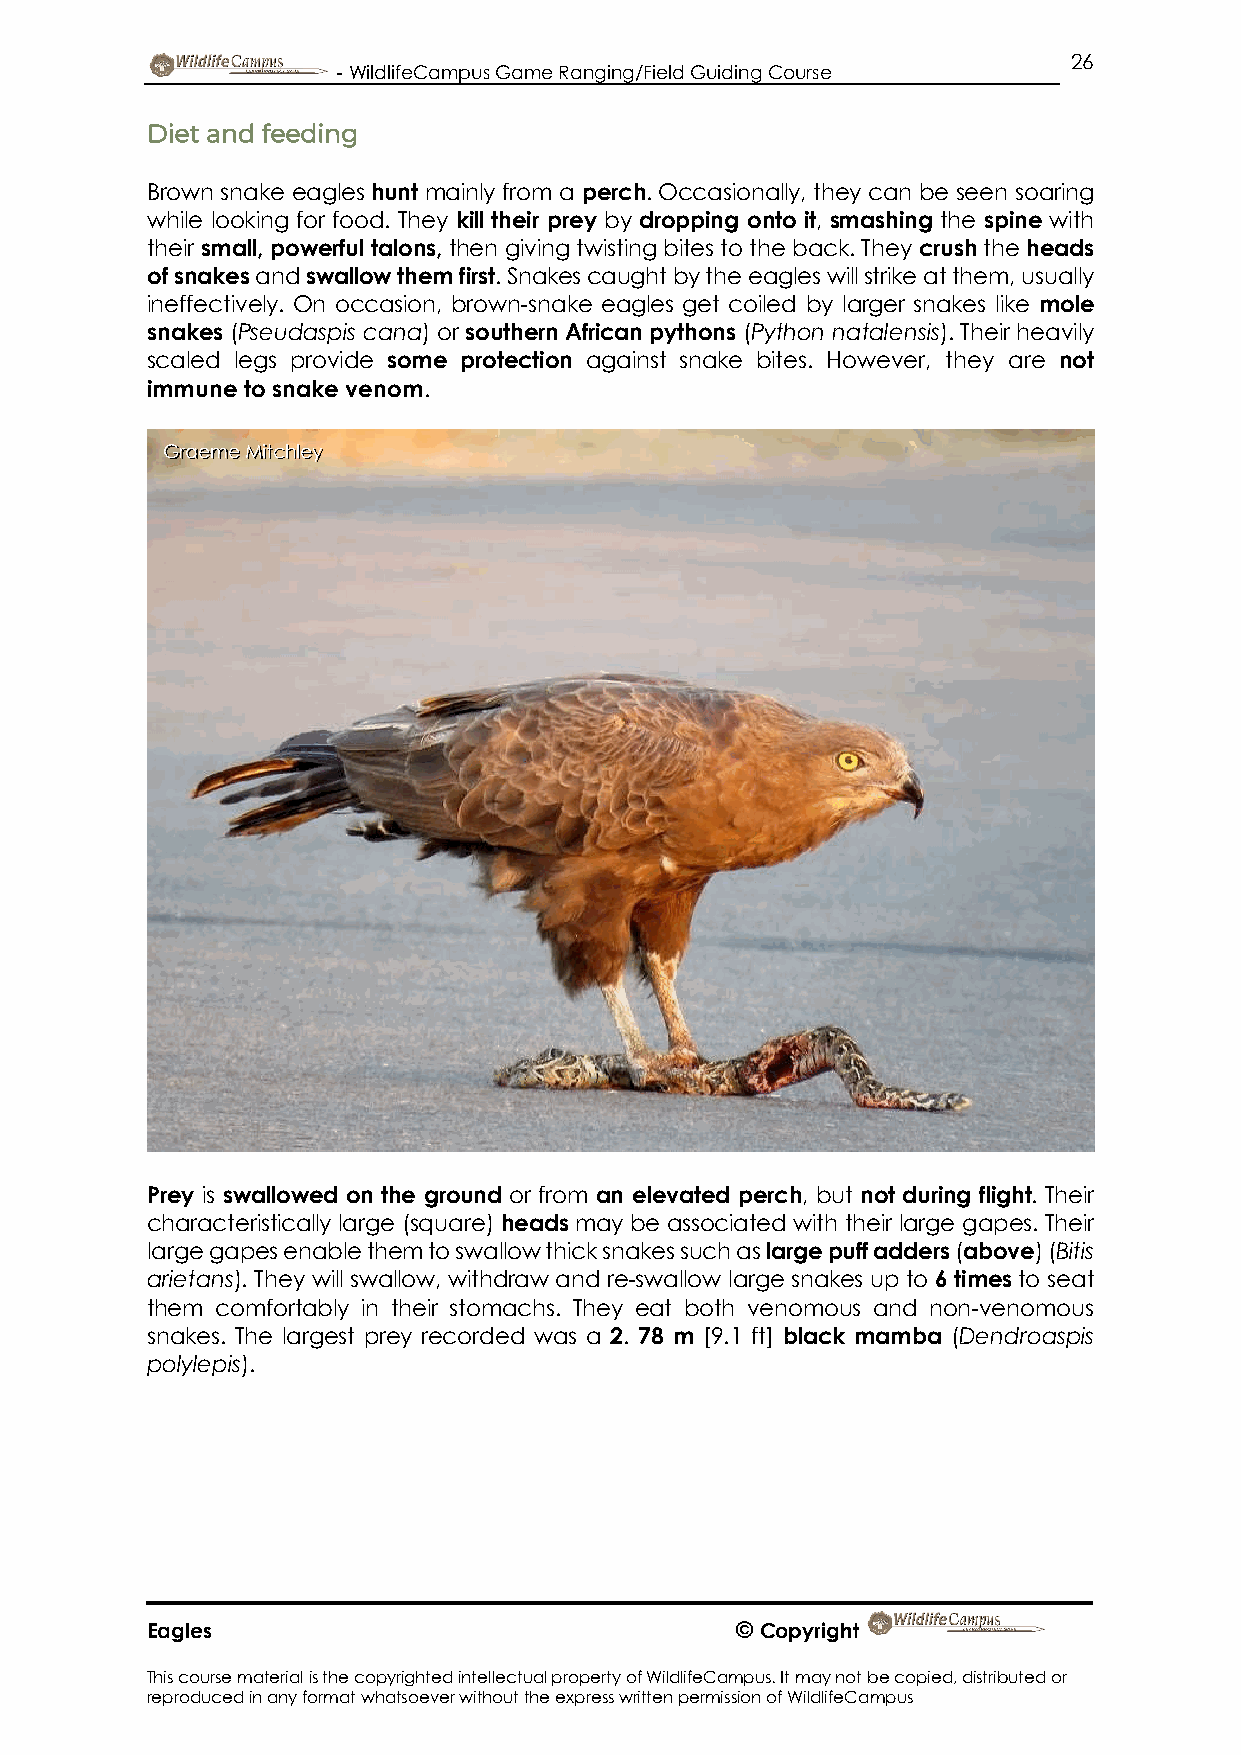
26
 - WildlifeCampus Game Ranging/Field Guiding Course
 Diet and feeding
 Brown snake eagles hunt mainly from a perch. Occasionally, they can be seen soaring
 while looking for food. They kill their prey by dropping onto it, smashing the spine with
 their small, powerful talons, then giving twisting bites to the back. They crush the heads
 of snakes and swallow them first. Snakes caught by the eagles will strike at them, usually
 ineffectively. On occasion, brown-snake eagles get coiled by larger snakes like mole
 snakes (Pseudaspis cana) or southern African pythons (Python natalensis). Their heavily
 scaled legs provide some protection against snake bites. However, they are not
 immune to snake venom.
 Graeme Mitchley
 Prey is swallowed on the ground or from an elevated perch, but not during flight. Their
 characteristically large (square) heads may be associated with their large gapes. Their
 large gapes enable them to swallow thick snakes such as large puff adders (above) (Bitis
 arietans). They will swallow, withdraw and re-swallow large snakes up to 6 times to seat
 them comfortably in their stomachs. They eat both venomous and non-venomous
 snakes. The largest prey recorded was a 2. 78 m [9.1 ft] black mamba (Dendroaspis
 polylepis).
 Eagles                                 © Copyright
 This course material is the copyrighted intellectual property of WildlifeCampus. It may not be copied, distributed or
 reproduced in any format whatsoever without the express written permission of WildlifeCampus